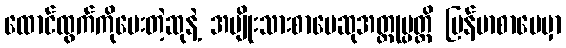
ထောင်ထွက်ကိုပေးတဲ့ဆုနဲ့ အမျိုးသားစာပေဆုအတ္ထုပ္ပတ္တိ မြန်မာစာပေမှာ